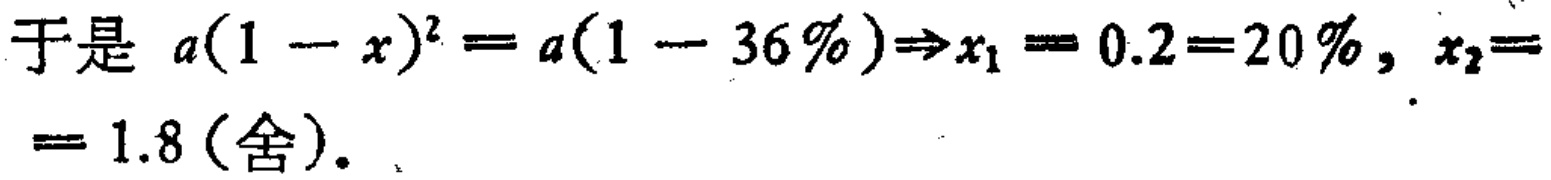
于是 \(a(1 - x)^{2} = a(1 - 36\%)\Rightarrow x_{1} = 0.2 = 20\%, x_{2}== 1.8 \)（舍）.